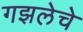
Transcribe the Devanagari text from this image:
गझलेचे